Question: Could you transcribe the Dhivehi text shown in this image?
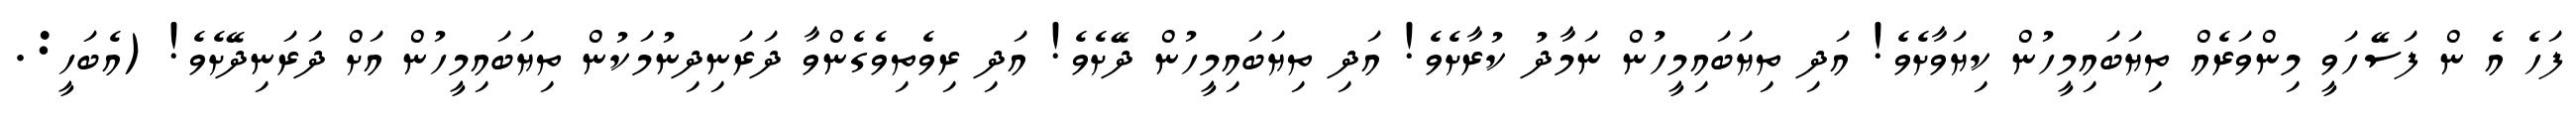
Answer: ފަހެ އެ ން ފަސޭހަވީ މިންވަރެއް ތިޔަބައިމީހުން ކިޔަވާށެވެ! އަދި ތިޔަބައިމީހުން ނަމާދު ކުރާށެވެ! އަދި ތިޔަބައިމީހުން ދޭށެވެ! އަދި ރިވެތިވެގެންވާ ދަރަނިދިނުމަކުން ތިޔަބައިމީހުން އަށް ދަރަނިދޭށެވެ! (އެބަހީ:.